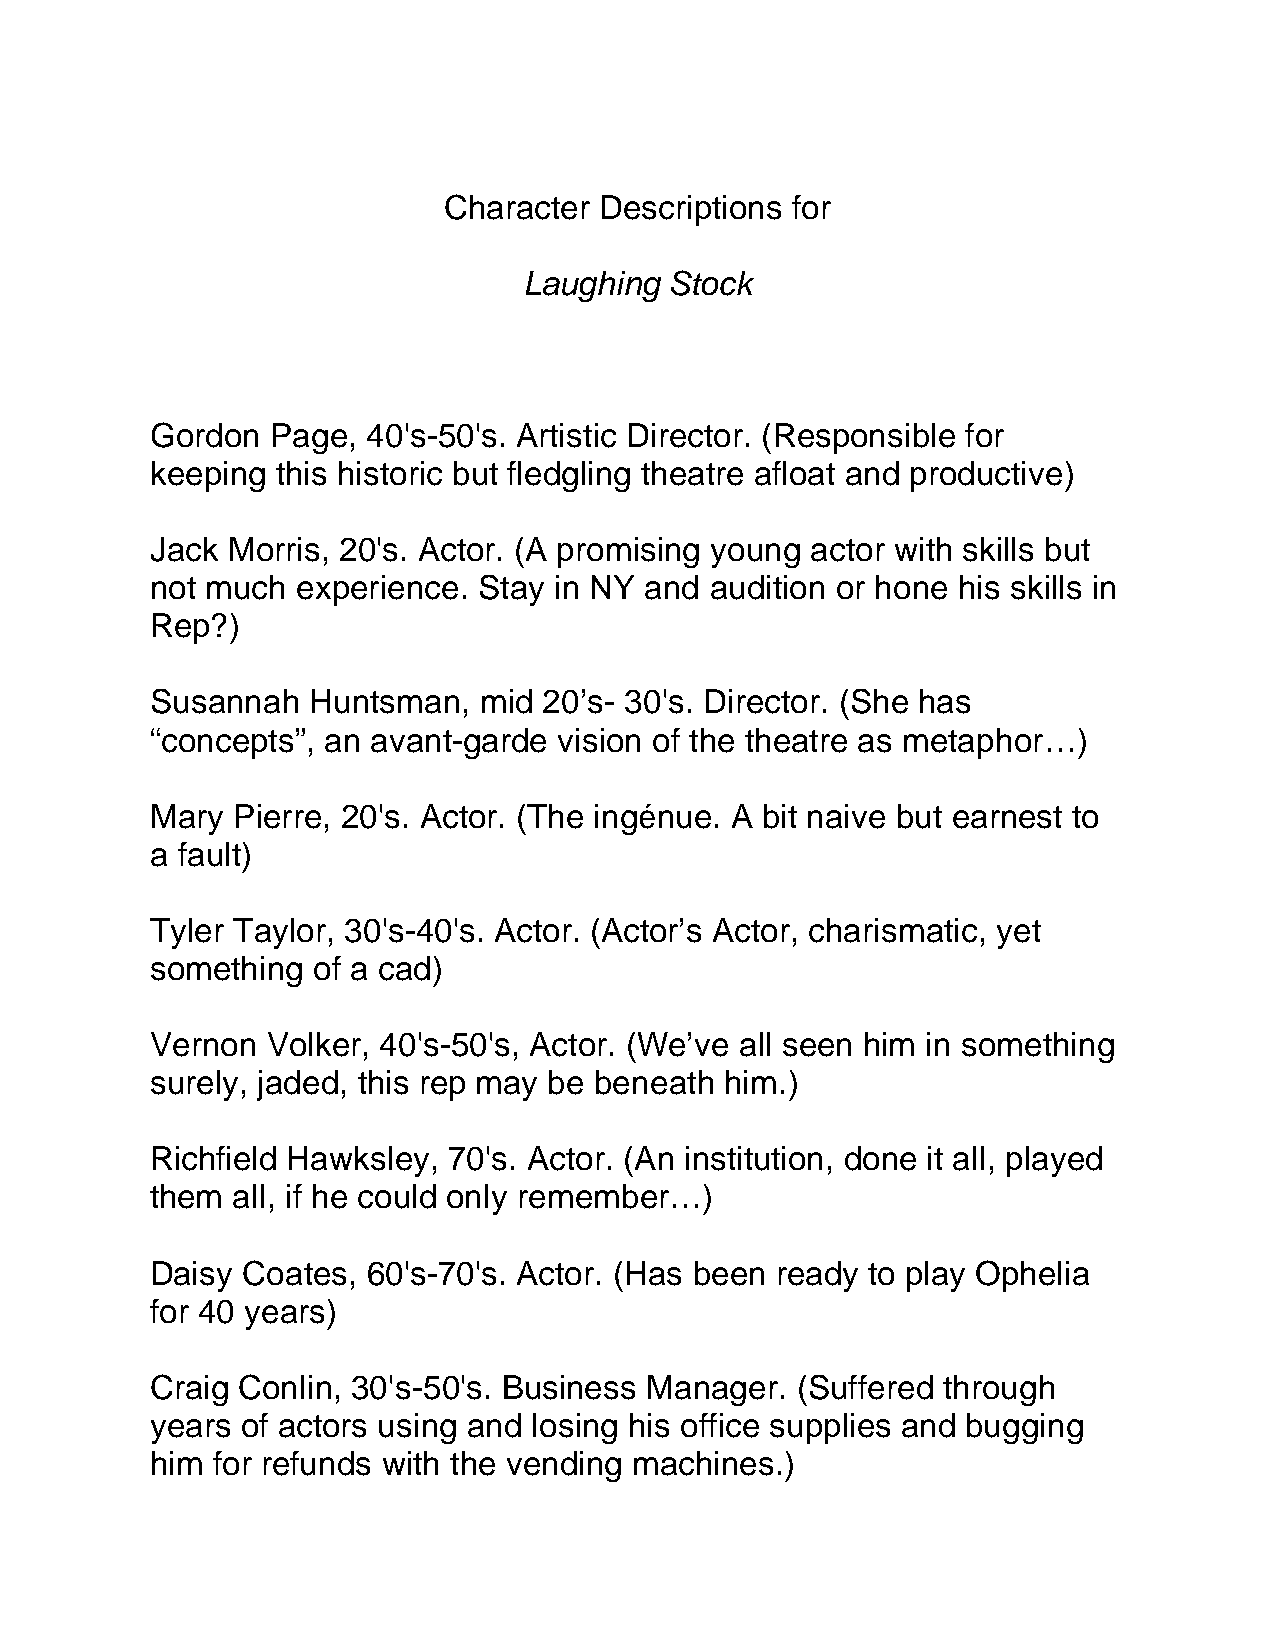
Character  Descriptions for
 Laughing Stock
 Gordon  Page, 40's-50's. Artistic Director. (Responsible for
 keeping this historic but fledgling theatre afloat and productive)
 Jack Morris, 20's. Actor. (A promising young actor with skills but
 not much  experience. Stay in NY and audition or hone his skills in
 Rep?)
 Susannah  Huntsman,   mid 20’s- 30's. Director. (She has
 “concepts”, an avant-garde vision of the theatre as metaphor…)
 Mary Pierre, 20's. Actor. (The ingénue. A bit naive but earnest to
 a fault)
 Tyler Taylor, 30's-40's. Actor. (Actor’s Actor, charismatic, yet
 something  of a cad)
 Vernon  Volker, 40's-50's, Actor. (We’ve all seen him in something
 surely, jaded, this rep may be beneath him.)
 Richfield Hawksley, 70's. Actor. (An institution, done it all, played
 them all, if he could only remember…)
 Daisy Coates, 60's-70's. Actor. (Has been ready to play Ophelia
 for 40 years)
 Craig Conlin, 30's-50's. Business Manager. (Suffered through
 years of actors using and losing his office supplies and bugging
 him for refunds with the vending machines.)